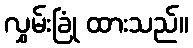
လွှမ်းခြုံ ထားသည်။